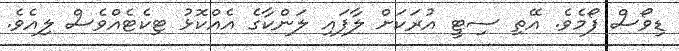
ޑިވޯސް ފޯމެވެ. އޭތި ސިޓީ އުރަކަށް ލާފައި ލަންކާގެ އެއްކޮޅު ޓިކެޓެއްވެސް ލިއެވެ.